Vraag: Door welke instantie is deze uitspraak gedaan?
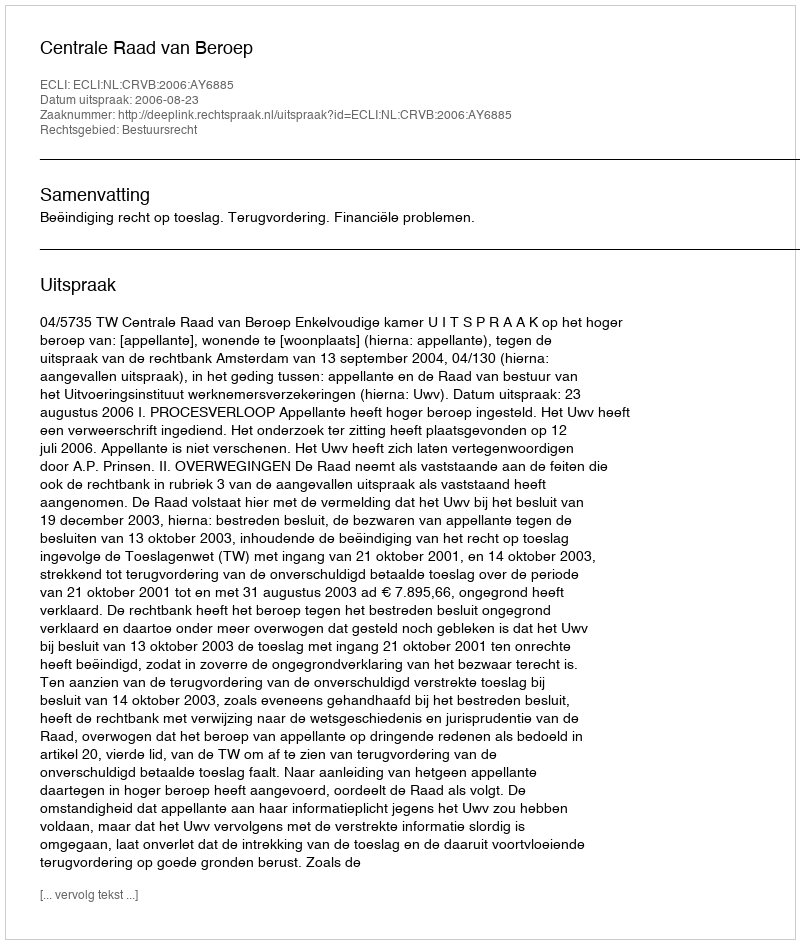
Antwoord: Centrale Raad van Beroep